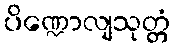
ပိဏ္ဍောလျသုတ္တံ